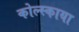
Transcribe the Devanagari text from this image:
कोल्स्काया